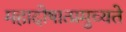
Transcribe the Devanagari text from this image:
महादोषात्प्रमुच्यते